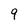
Character: 9